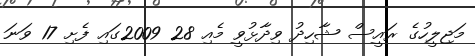
މަޖިލީހުގެ ރައީސް ޝާހިދު ވިދާޅުވީ މެއި 28 2009ގައި ފެށި 17 ވަނަ